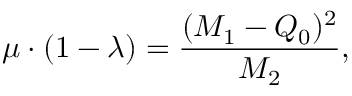
\mu \cdot ( 1 - \lambda ) = \frac { ( M _ { 1 } - Q _ { 0 } ) ^ { 2 } } { M _ { 2 } } ,